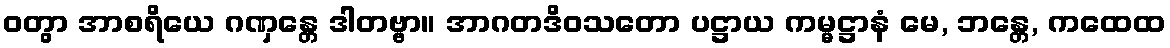
ဝတွာ အာစရိယေ ဂဏှန္တေ ဒါတဗ္ဗာ။ အာဂတဒိဝသတော ပဋ္ဌာယ ကမ္မဋ္ဌာနံ မေ, ဘန္တေ, ကထေထ